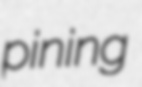
pining